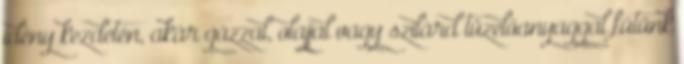
idény kezdetén, akár gázzal, olajjal vagy szilárd tüzelőanyaggal fűtünk